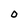
Character: O